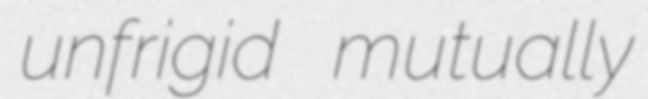
unfrigid mutually